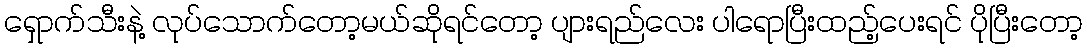
ရှောက်သီးနဲ့ လုပ်သောက်တော့မယ်ဆိုရင်တော့ ပျားရည်လေး ပါရောပြီးထည့်ပေးရင် ပိုပြီးတော့